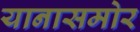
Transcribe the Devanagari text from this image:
यानासमोर